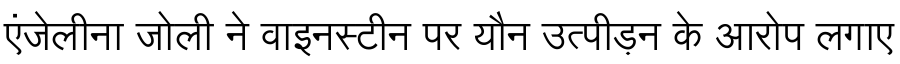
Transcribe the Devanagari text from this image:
एंजेलीना जोली ने वाइनस्टीन पर यौन उत्पीड़न के आरोप लगाए